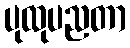
ပုထုပညတာ